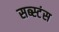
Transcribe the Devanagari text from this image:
सब्स्टंस